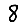
Digit: 8